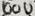
Text: 100U